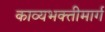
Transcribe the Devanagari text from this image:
काव्यभक्तीमार्ग